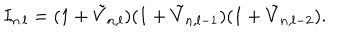
LaTeX: I _ { n . l } = ( 1 + \tilde { V } _ { n , l } ) ( 1 + \tilde { V } _ { n , l - 1 } ) ( 1 + \tilde { V } _ { n , l - 2 } ) .